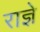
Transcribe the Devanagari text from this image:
राज्ञे